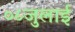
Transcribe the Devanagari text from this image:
०८जुलाई